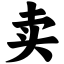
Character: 卖